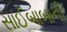
સાઈબાબાની